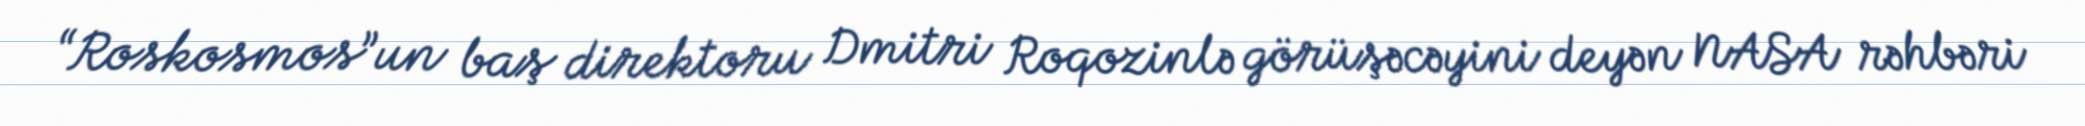
“Roskosmos”un baş direktoru Dmitri Roqozinlə görüşəcəyini deyən NASA rəhbəri